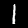
Digit: 1